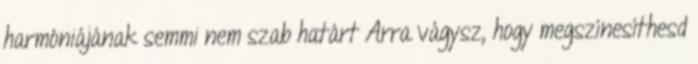
harmóniájának semmi nem szab határt Arra vágysz, hogy megszínesíthesd